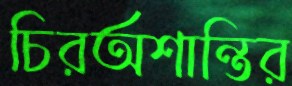
চিরঅশান্তির